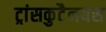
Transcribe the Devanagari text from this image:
ट्रांसकुटैनयस